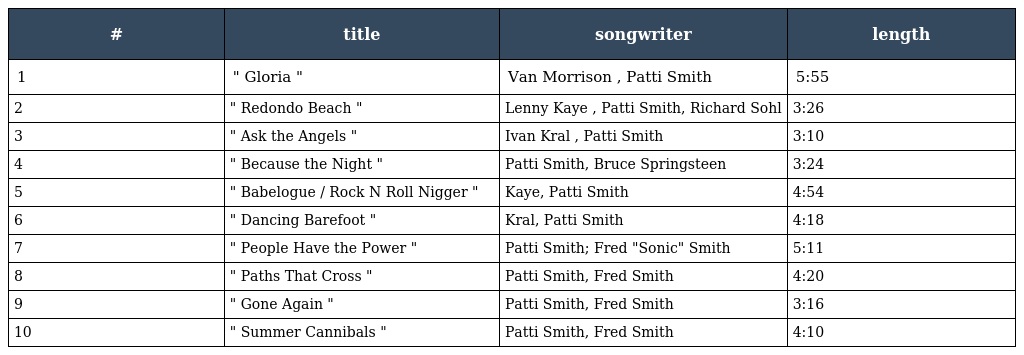
| # | title | songwriter | length |
 | --- | --- | --- | --- |
 | 1 | " Gloria " | Van Morrison , Patti Smith | 5:55 |
 | 2 | " Redondo Beach " | Lenny Kaye , Patti Smith, Richard Sohl | 3:26 |
 | 3 | " Ask the Angels " | Ivan Kral , Patti Smith | 3:10 |
 | 4 | " Because the Night " | Patti Smith, Bruce Springsteen | 3:24 |
 | 5 | " Babelogue / Rock N Roll Nigger " | Kaye, Patti Smith | 4:54 |
 | 6 | " Dancing Barefoot " | Kral, Patti Smith | 4:18 |
 | 7 | " People Have the Power " | Patti Smith; Fred "Sonic" Smith | 5:11 |
 | 8 | " Paths That Cross " | Patti Smith, Fred Smith | 4:20 |
 | 9 | " Gone Again " | Patti Smith, Fred Smith | 3:16 |
 | 10 | " Summer Cannibals " | Patti Smith, Fred Smith | 4:10 |